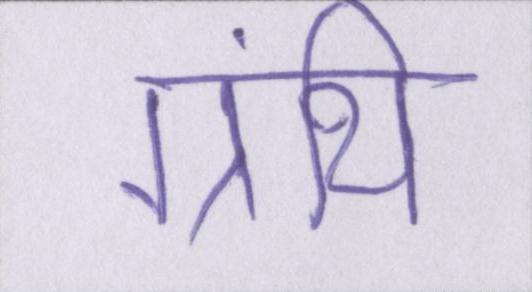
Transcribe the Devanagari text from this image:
ग्रंथि